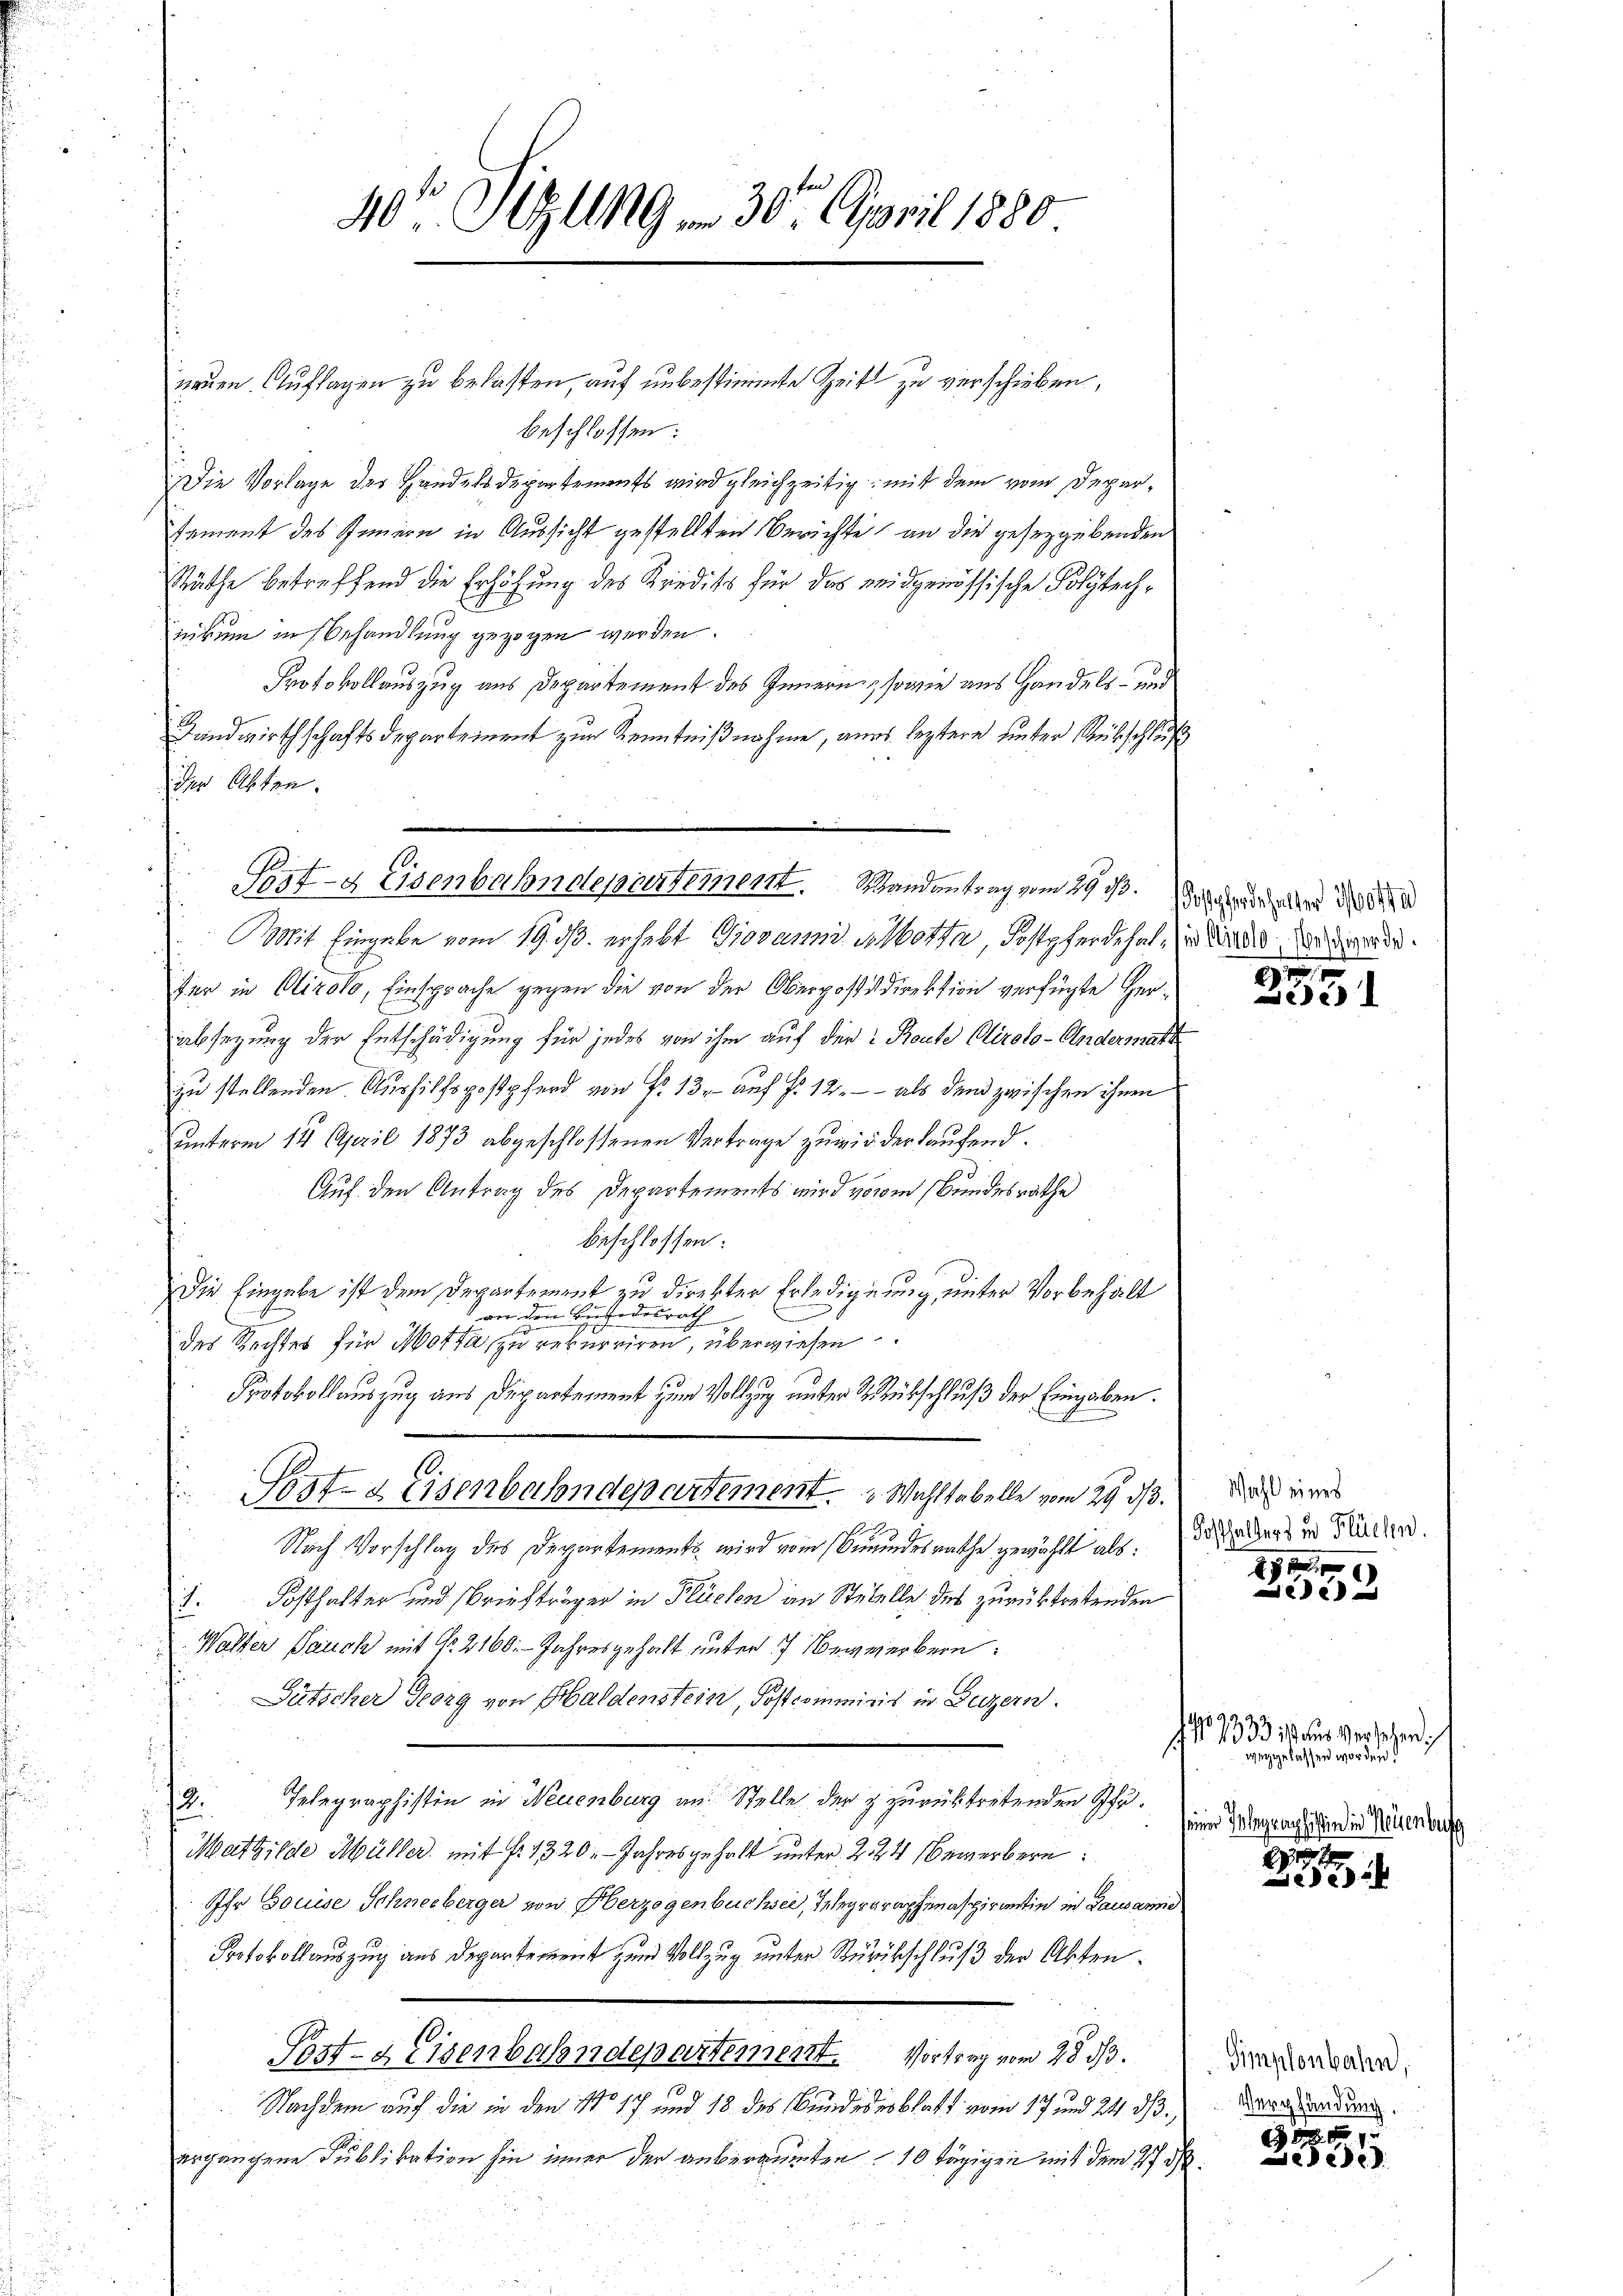
40 Sizung . 30t April 1880.

neuen Auflagen zu belasten, auf unbestimmte Zeit zu verschieben,
beschlossen:
Die Vorlage der Handelsdepartements wird gleichzeitig, mit dem vom Deparsement des Innern in Aussicht gestellten Berichte an die geseggebenden
Räthe betreffend die Erhöhung des Kredits für das eidgenössische Polytechzikum in Behandlung gezogen werden.
Protokollauszug aus Departement des Innern, sowie aus Handels- und
Handwirthschaftsdepartement zur Kenntnißnahme, aus leztere hinter Rückschluß
der Akten.
Mit Eingabe vom 19. ds. erhebt Giovanni i botte Postpferde hat, in den werde.
fer in Olirolo, Einsprache gegen die von der Oberpostdirektion verfügte Herabsezung der Entschädigung für jedes von ihm auf der Route Clirolo-Andermatt
zu stellenden. Aushilfspostpferd von No 13. auf §. 12. - - als den zwischen ihnen
unterm 14. April 1873 abgeschlossenen Vertrage zuwir der laufend.
Auf den Antrag des Departements wird vonm Bundesrathe
beschlossen:
Die Eingabe ist dem Departement zu direkter Erledigung, unter Vorbehält
an den Bindesrath
des Rechtes für Motta zu rekurriren, überwiesen
Protokollauszug aus Departement zum Vollzug unter 2 Rübschluß der Eingaben.
f
Post- & Eisenbahndepartement. Wahltabelle vom 29. ds. Dies
Nach Vorschlag des Departements wird vom Grundesrathe gewählt als:
1. Posthalter und Briefträger in Flüelen an Stutelle des zurücktretenden
Walter Pauck mit Nr. 2160. Jahresgehalt unter 7 Verwerbern
Pütscher Georg von Haldenstein, Postcommisis in Luzern.
si
Telegraphistin in Neuenburg an Stelle der zurücktretenden Pfu¬
12.
Mathilde Müller mit Fr. 1320. Jahresgeholt unter 224 Bewerbern
Ihr Bouise Schneeberger von Oberzogenbuchsee, Telegraphenaspirantin in Lausanne
Protokollauszug aus Departement zum Vollzug unter Zurückschluß der Abten¬
Post- & Eisenbahndepartement. Vortrag vom 28. 33.
39
Nachdem auf die in den No 17 und 18 des Bundesblatt vom 17 und 24. ds.
ergangene Publikation hin immer der anberaumten 10 tägigen mit dem 27. d

Post- & Eisenbahndepartement. Mandantrag vom 19 s. oben aber d

197
Lede

Fosthalters in Flüchen.
190

e

19592
1 No 4933 aus Verlehen.
weggelassen worden.
seiner Telegraphisten in Neuenburg

e

Simplonbahn,
Verpfändung.

Leede d